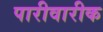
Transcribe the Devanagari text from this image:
पारीवारीक